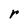
Character: r